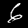
Label: 6